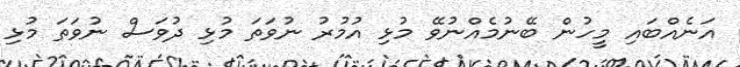
އަނެއްބައި މީހުން ބޭނުމެއްނުވޭ މުޅި އުމުރު ނުވަތަ މުޅި ދުވަސް ނުވަތަ މުޅި